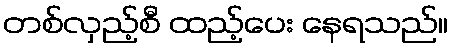
တစ်လှည့်စီ ထည့်ပေး နေရသည်။